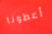
أعطونا